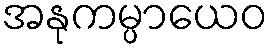
အနုကမ္ပာယေဝ